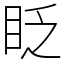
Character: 眨